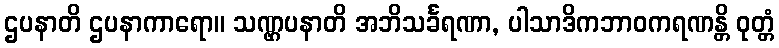
ဌပနာတိ ဌပနာကာရော။ သဏ္ဌပနာတိ အဘိသင်္ခရဏာ, ပါသာဒိကဘာဝကရဏန္တိ ဝုတ္တံ